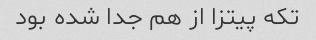
تکه پیتزا از هم جدا شده بود